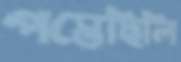
পস্তেছিলি